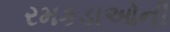
રમકડાઓની